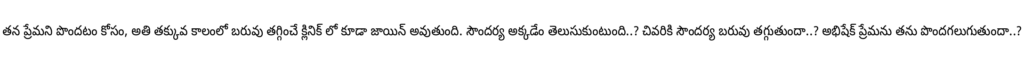
తన ప్రేమని పొందటం కోసం, అతి తక్కువ కాలంలో బరువు తగ్గించే క్లినిక్ లో కూడా జాయిన్ అవుతుంది. సౌందర్య అక్కడేం తెలుసుకుంటుంది..? చివరికి సౌందర్య బరువు తగ్గుతుందా..? అభిషేక్ ప్రేమను తను పొందగలుగుతుందా..?